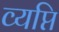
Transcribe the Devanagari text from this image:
व्यप्ति